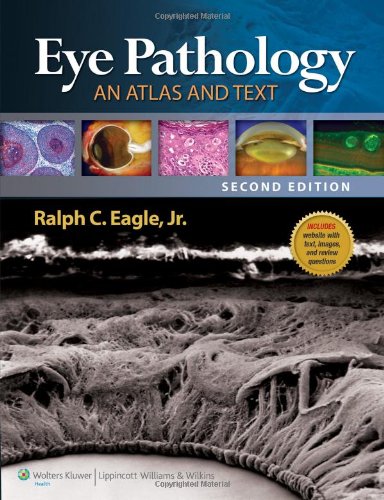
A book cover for Eye Pathology: An Atlas and Text; Ralph C. Eagle MD; Medical Books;